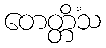
တေတ္တိံသ